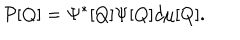
{ \cal P } [ Q ] = \Psi ^ { * } [ Q ] \Psi [ Q ] d \mu [ Q ] .